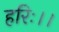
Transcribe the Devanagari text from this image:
हरिः।।